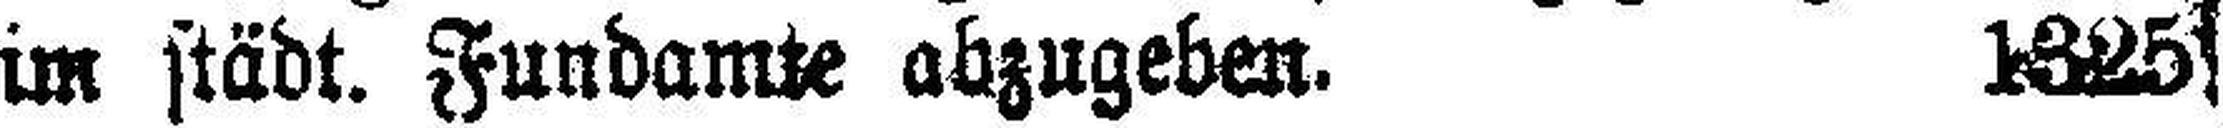
im städt. Fundamte abzugeben. 1325